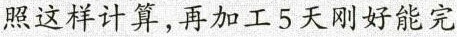
照这样计算，再加工5天刚好能完